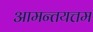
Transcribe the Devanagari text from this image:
आमन्तयत्तम